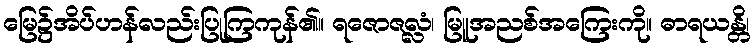
မြေ၌အိပ်ဟန်လည်းပြုကြကုန်၏။ ရဇောဇလ္လံ၊ မြူအညစ်အကြေးကို။ ဓာရယန္တိ၊